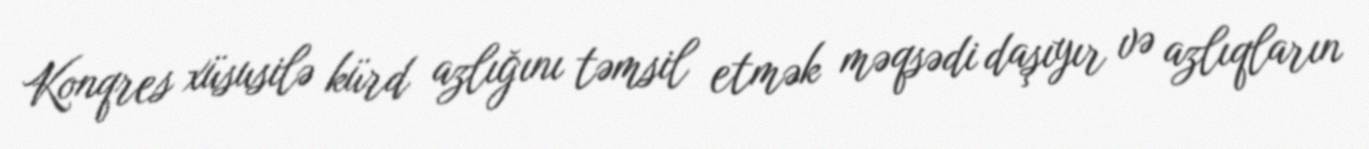
Konqres xüsusilə kürd azlığını təmsil etmək məqsədi daşıyır və azlıqların